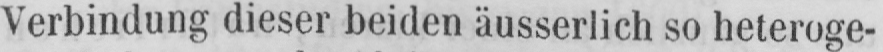
Verbindung dieser beiden äusserlich so heteroge-